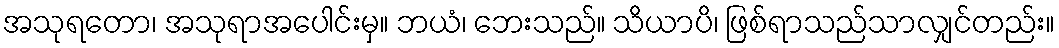
အသုရတော၊ အသုရာအပေါင်းမှ။ ဘယံ၊ ဘေးသည်။ သိယာပိ၊ ဖြစ်ရာသည်သာလျှင်တည်း။